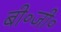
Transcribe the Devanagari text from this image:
बी॰जी॰